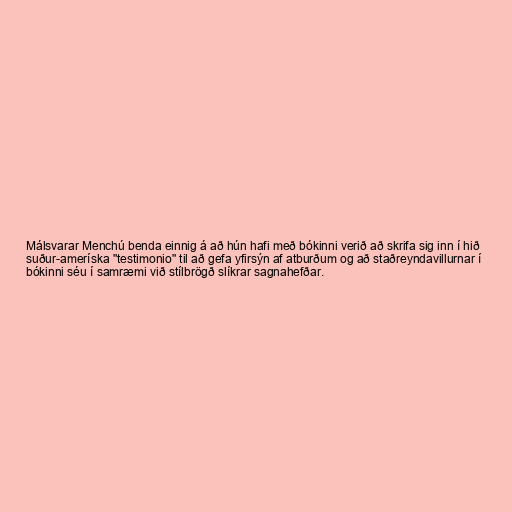
Málsvarar Menchú benda einnig á að hún hafi með bókinni verið að skrifa sig inn í hið
suður-ameríska "testimonio" til að gefa yfirsýn af atburðum og að staðreyndavillurnar í
bókinni séu í samræmi við stílbrögð slíkrar sagnahefðar.